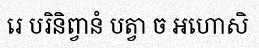
រេ បរិនិព្វានំ បត្វា ច អហោសិ